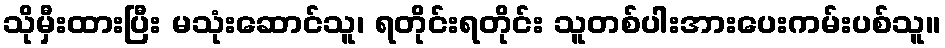
သိုမှီးထားပြီး မသုံးဆောင်သူ၊ ရတိုင်းရတိုင်း သူတစ်ပါးအားပေးကမ်းပစ်သူ။